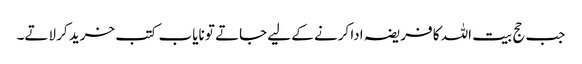
جب حج بیت اللہ کا فریضہ ادا کرنے کے لیے جاتے تو نایاب کتب خرید کر لاتے۔